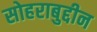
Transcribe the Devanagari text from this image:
सोहराबुद्दीन